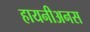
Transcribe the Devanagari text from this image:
हायनीअनस